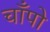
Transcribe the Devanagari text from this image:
चाँपो